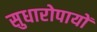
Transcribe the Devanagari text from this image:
सुधारोपायों